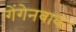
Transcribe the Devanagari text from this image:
गेंगेनबाक